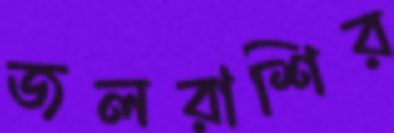
জলরাশির